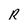
Character: R